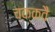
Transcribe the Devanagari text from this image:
चक्‍कवै